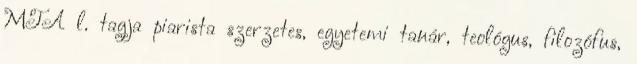
MTA l. tagja piarista szerzetes, egyetemi tanár, teológus, filozófus,